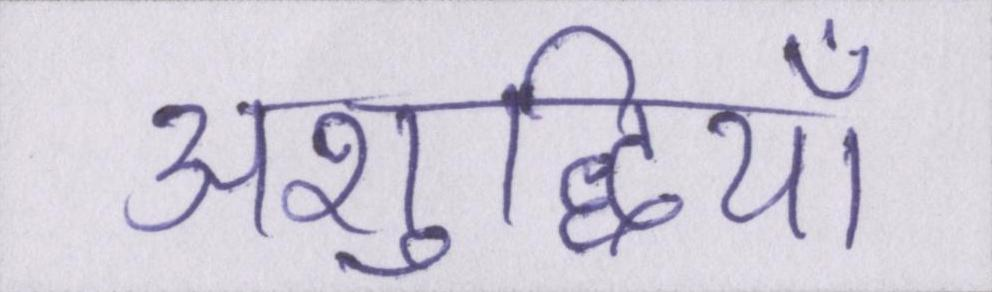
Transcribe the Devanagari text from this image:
अशुद्धियाँ